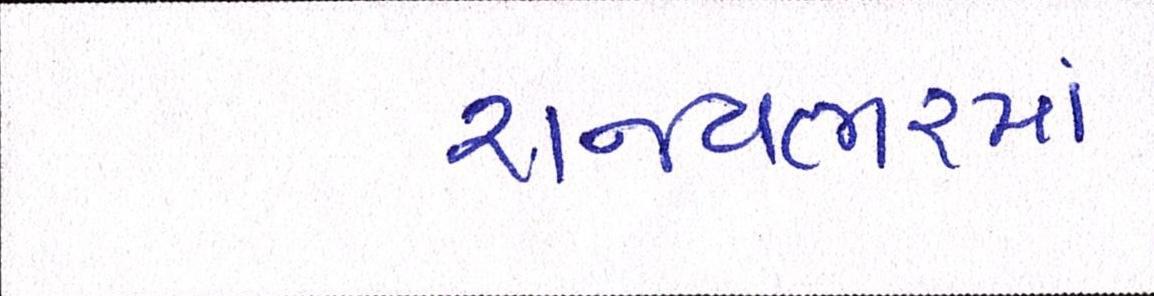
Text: રાજ્યભરમાં